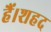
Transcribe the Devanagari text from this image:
हैं।शहद